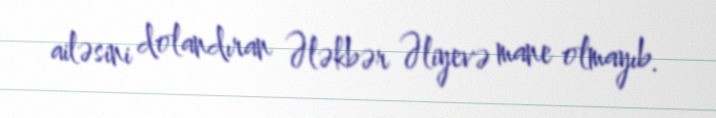
ailəsini dolandıran Ələkbər Əliyevə mane olmayıb.